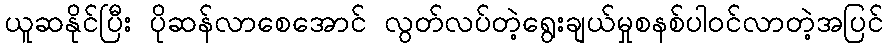
ယူဆနိုင်ပြီး ပိုဆန်လာစေအောင် လွတ်လပ်တဲ့ရွေးချယ်မှုစနစ်ပါဝင်လာတဲ့အပြင်